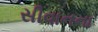
સીવાનના